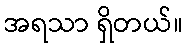
အရသာ ရှိတယ်။